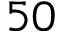
5 0